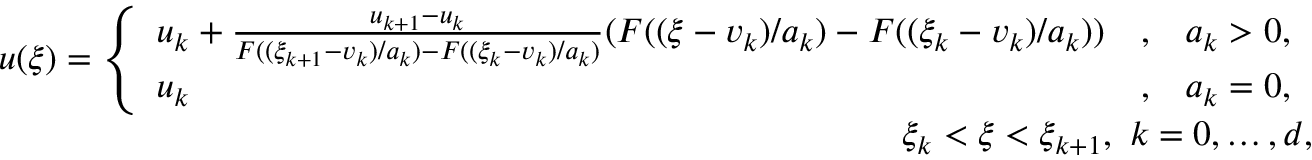
\begin{array} { r } { u ( \xi ) = \left\{ \begin{array} { l c r } { u _ { k } + \frac { u _ { k + 1 } - u _ { k } } { F ( ( \xi _ { k + 1 } - v _ { k } ) / a _ { k } ) - F ( ( \xi _ { k } - v _ { k } ) / a _ { k } ) } ( F ( ( \xi - v _ { k } ) / a _ { k } ) - F ( ( \xi _ { k } - v _ { k } ) / a _ { k } ) ) } & { , } & { a _ { k } > 0 , } \\ { u _ { k } } & { , } & { a _ { k } = 0 , } \end{array} \right. } \\ { \xi _ { k } < \xi < \xi _ { k + 1 } , \ k = 0 , \ldots , d , } \end{array}